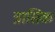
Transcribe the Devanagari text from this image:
त्रासिक